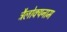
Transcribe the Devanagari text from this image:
त्रैलोक्यनाम